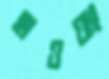
হাওয়াং